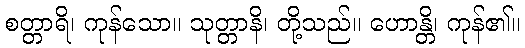
စတ္တာရိ၊ ကုန်သော။ သုတ္တာနိ၊ တို့သည်။ ဟောန္တိ၊ ကုန်၏။